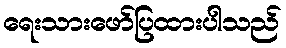
ရေးသားဖော်ပြထားပါသည်